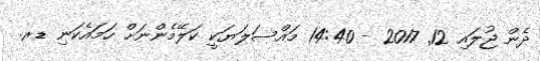
ދެން ޖުލައި 12